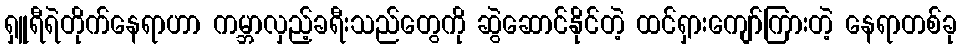
ရှူရီရဲတိုက်နေရာဟာ ကမ္ဘာလှည့်ခရီးသည်တွေကို ဆွဲဆောင်နိုင်တဲ့ ထင်ရှားကျော်ကြားတဲ့ နေရာတစ်ခု